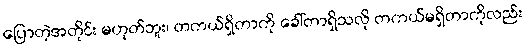
ပြောတဲ့အတိုင်း မဟုတ်ဘူး၊ တကယ်ရှိတာကို ခေါ်တာရှိသလို တကယ်မရှိတာကိုလည်း